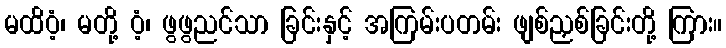
မထိဝံ့၊ မတို့ ဝံ့၊ ဖွဖွညင်သာ ခြင်းနှင့် အကြမ်းပတမ်း ဖျစ်ညှစ်ခြင်းတို့ ကြား။